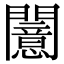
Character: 𫔪